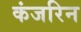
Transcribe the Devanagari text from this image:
कंजरिन